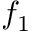
f _ { 1 }